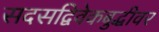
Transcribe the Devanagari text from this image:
सदसद्विवेकबुद्धीवर